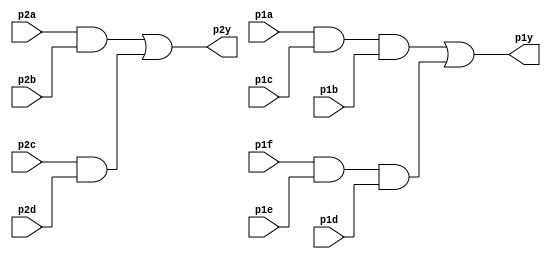
module top_module ( 
    input p1a, p1b, p1c, p1d, p1e, p1f,
    output p1y,
    input p2a, p2b, p2c, p2d,
    output p2y );

	wire andr1 = p1a & p1c & p1b;
    wire andr2 = p1f & p1e & p1d;
    wire orr = andr1 | andr2;
    assign p1y = orr;
    
   	wire andl1 = p2a & p2b;
    wire andl2 = p2c & p2d;
    wire orl = andl1 | andl2;
    assign p2y = orl;
    
endmodule